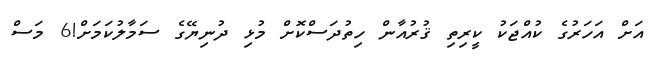
އަށް އަހަރުގެ ކުއްޖަކު ކީރިތި ޤުރުއާން ހިތުދަސްކޮށް މުޅި ދުނިޔޭގެ ސަމާލުކަމަށް!6 މަސް